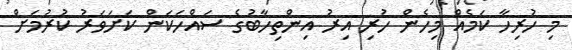
މި ހުރިހާ ކަމެއް މިހެން ހުރި އިރު އިންތިހާބުގެ ސައްހަކަން ކަށަވަރު ކުރުމަށް